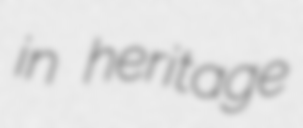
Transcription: in heritage